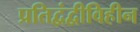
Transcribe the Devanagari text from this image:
प्रतिद्वंद्वीविहीन